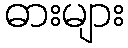
ဓားများ